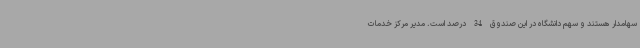
سهامدار هستند و سهم دانشگاه در این صندوق 34 درصد است. مدیر مرکز خدمات